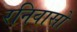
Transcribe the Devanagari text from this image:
रनिवासों